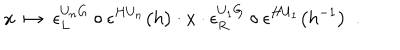
x \ \mapsto \ \epsilon _ { L } ^ { U _ { n } G } \circ \epsilon ^ { H U _ { n } } \bigl ( h \bigr ) \cdot x \cdot \epsilon _ { R } ^ { U _ { 1 } G } \circ \epsilon ^ { H U _ { 1 } } \bigl ( h ^ { - 1 } \bigr ) \ \ .